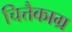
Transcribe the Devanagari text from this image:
चित्तैकाग्र